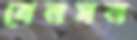
বেনসন